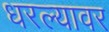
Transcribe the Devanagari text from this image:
धरल्यावर